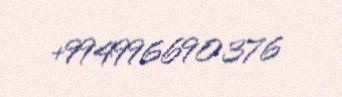
+994996690376